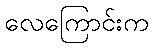
လေကြောင်းက